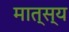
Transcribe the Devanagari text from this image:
मात्स्य